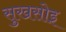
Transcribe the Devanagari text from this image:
सुखसोइ